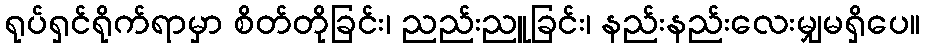
ရုပ်ရှင်ရိုက်ရာမှာ စိတ်တိုခြင်း၊ ညည်းညူခြင်း၊ နည်းနည်းလေးမျှမရှိပေ။